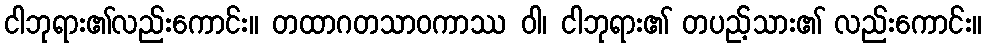
ငါဘုရား၏လည်းကောင်း။ တထာဂတသာဝကာဿ ဝါ၊ ငါဘုရား၏ တပည့်သား၏ လည်းကောင်း။